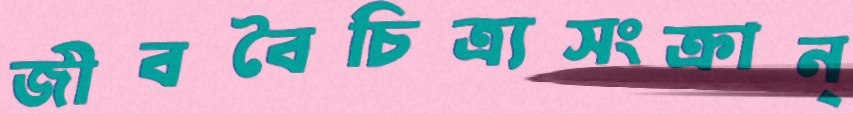
জীববৈচিত্র্যসংক্রান্